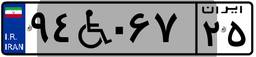
۹۴W۹۰۴۰۹